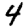
Digit: 4